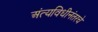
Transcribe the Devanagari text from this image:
अंत्यविधीनंतरचे